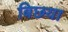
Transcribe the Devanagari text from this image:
बिछया